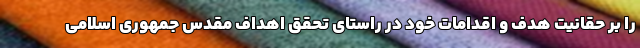
را بر حقانیت هدف و اقدامات خود در راستای تحقق اهداف مقدس جمهوری اسلامی